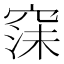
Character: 𮄇